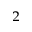
^ 2